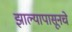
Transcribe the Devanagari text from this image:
झाल्यापासूनचे